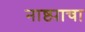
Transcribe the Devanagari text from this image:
नाष्ट्याचा